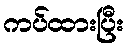
ကပ်ထားပြီး